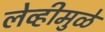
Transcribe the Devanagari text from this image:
लेव्हीमुळे